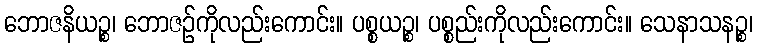
ဘောဇနိယဉ္စ၊ ဘောဇဉ်ကိုလည်းကောင်း။ ပစ္စယဉ္စ၊ ပစ္စည်းကိုလည်းကောင်း။ သေနာသနဉ္စ၊